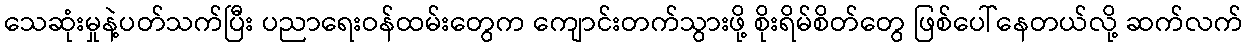
သေဆုံးမှုနဲ့ပတ်သက်ပြီး ပညာရေးဝန်ထမ်းတွေက ကျောင်းတက်သွားဖို့ စိုးရိမ်စိတ်တွေ ဖြစ်ပေါ်နေတယ်လို့ ဆက်လက်